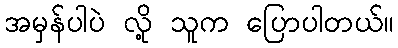
အမှန်ပါပဲ လို့ သူက ပြောပါတယ်။